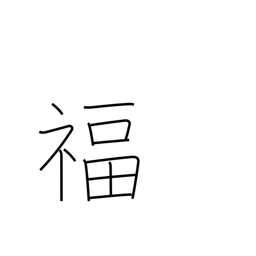
Meaning: luck